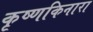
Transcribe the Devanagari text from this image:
कृष्णकिनारा